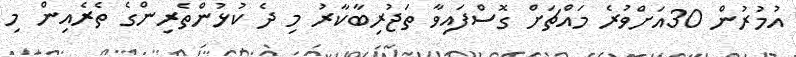
އުމުރުން 30އަށްވުރެ މައްޗަށް ގޮސްފައިވާ ތަޖުރިބާކާރު މި ދެ ކުޅުންތެރިންގެ ތެރެއިން މި